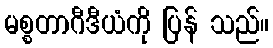
မစ္စတာဂီဒီယံကို ပြန် သည်။